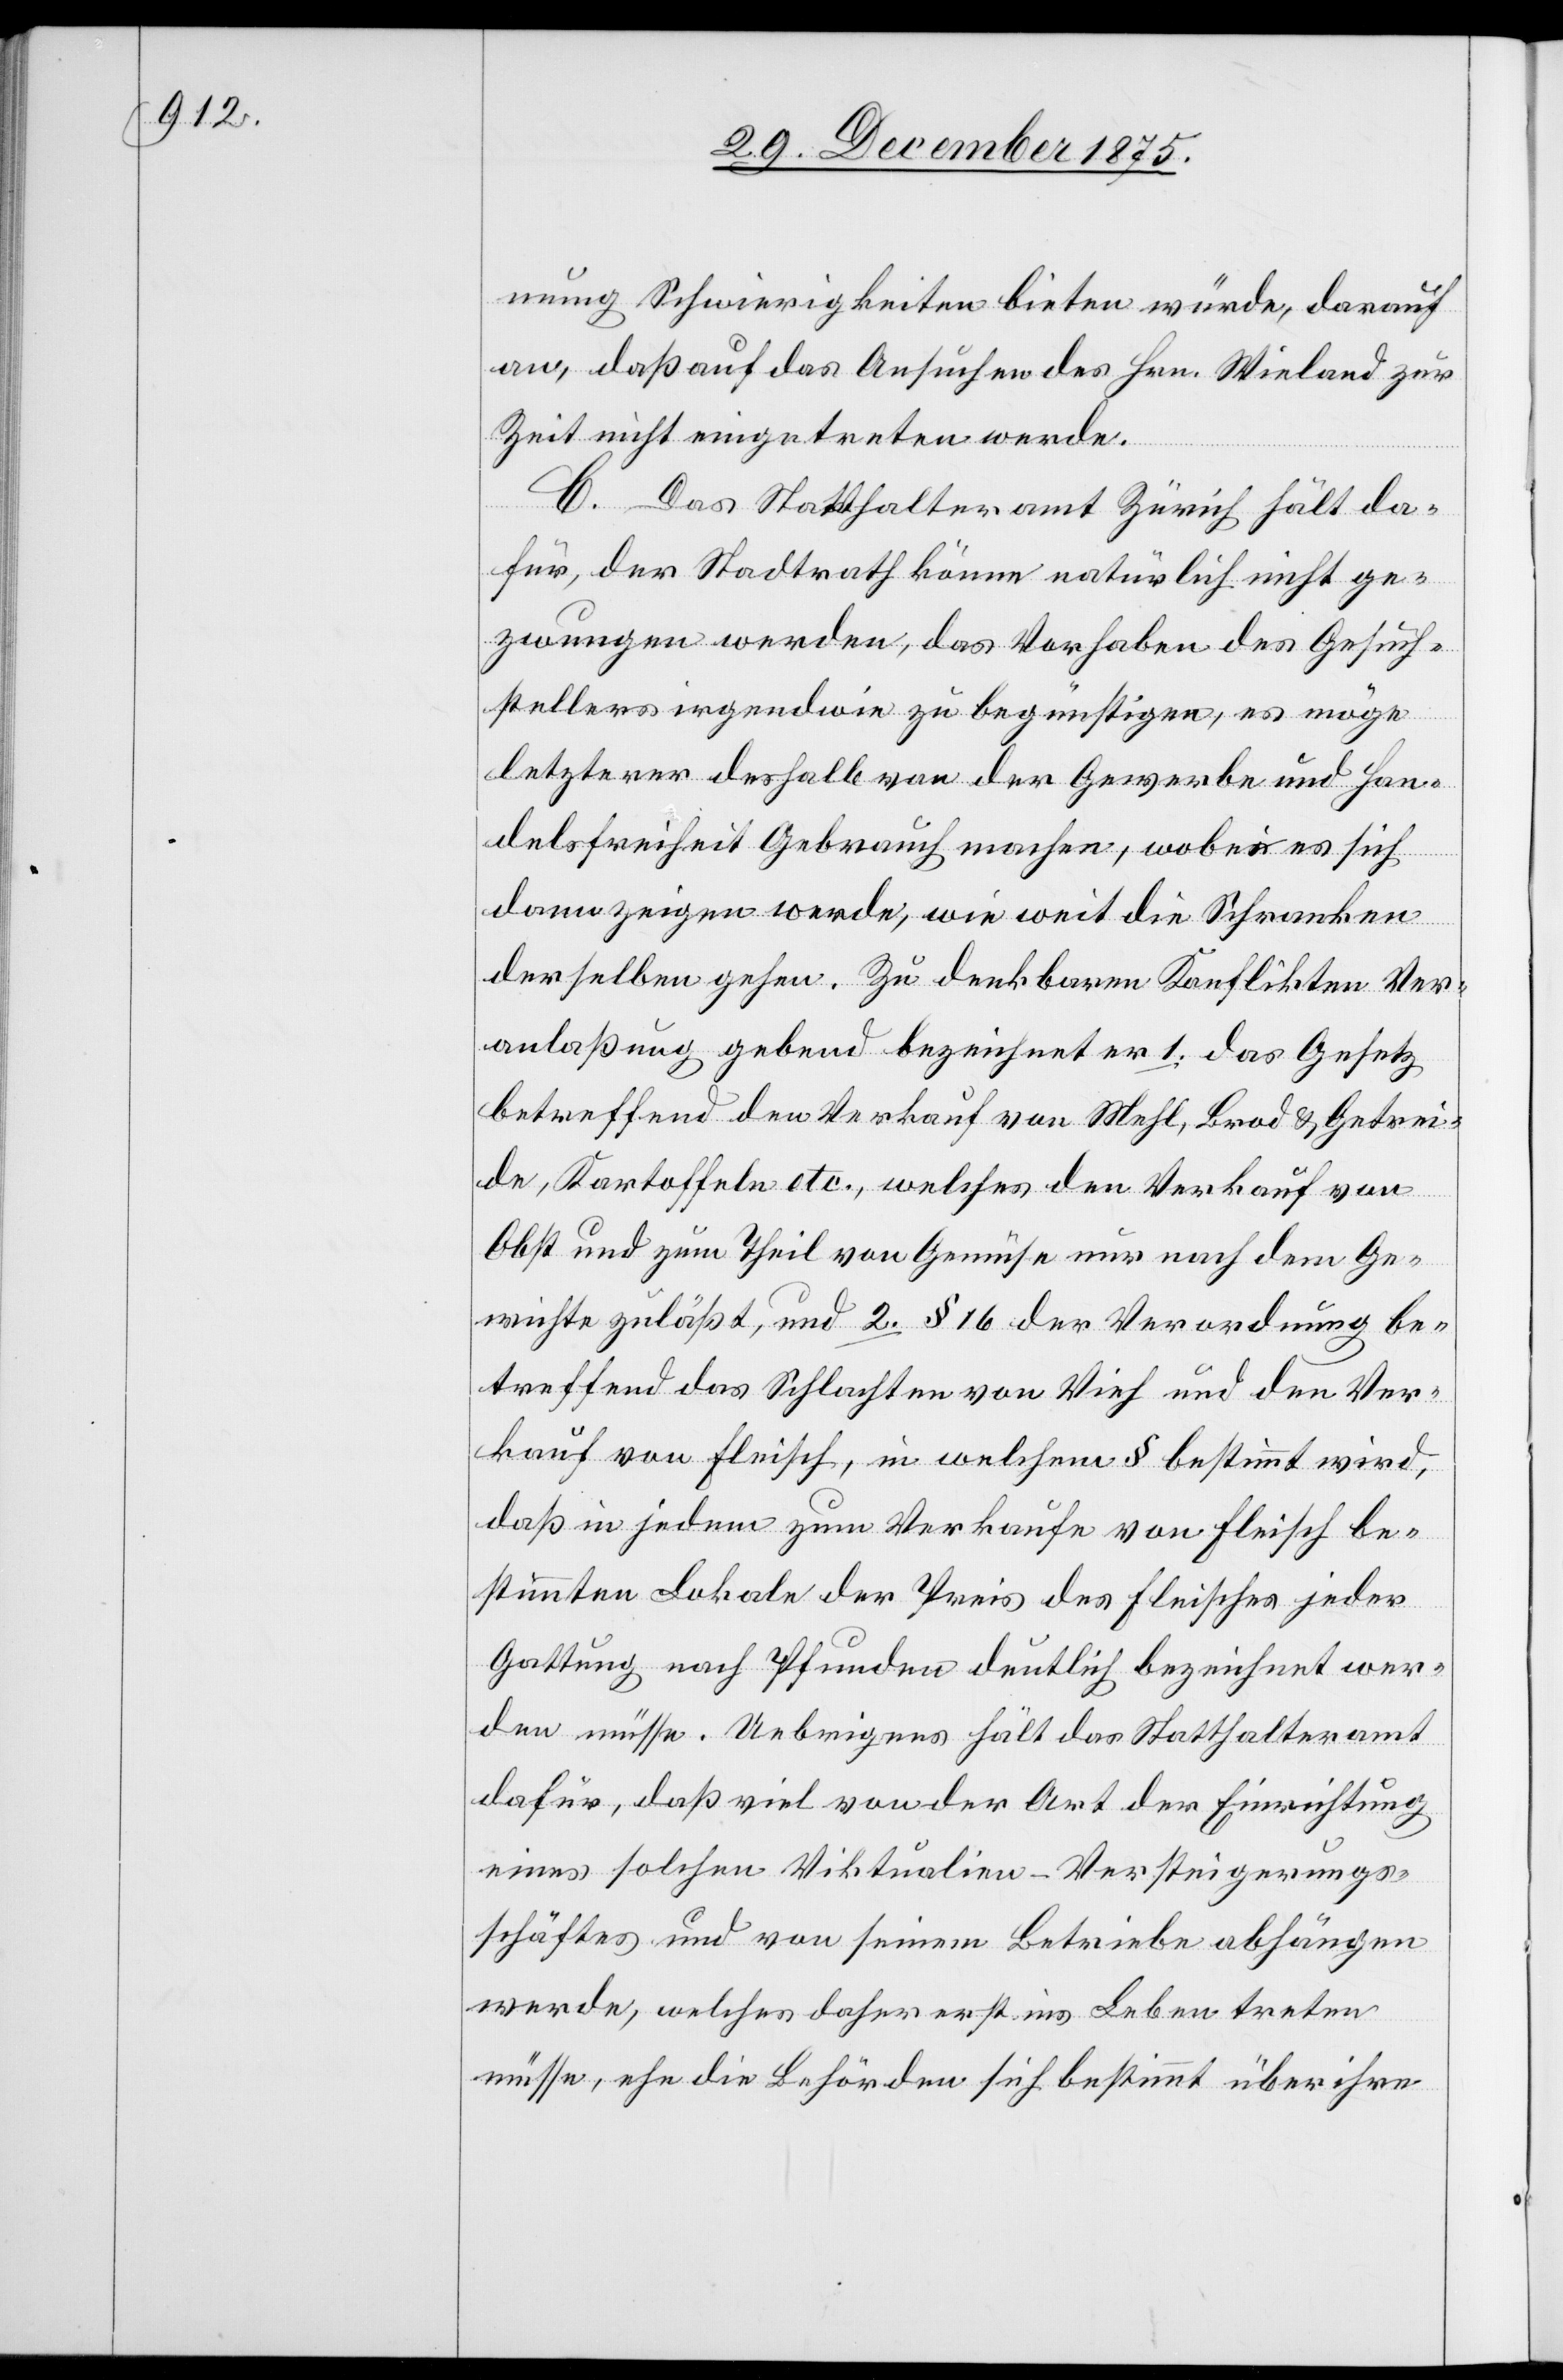
mung Schwierigkeiten bieten würde, darauf
an , daß auf das Ansuchen des Hrn. Wieland zur
Zeit nicht eingetreten werde.
ge¬
C. Das Statthalteramt Zürich hält da¬
für, der Stadtrath könne natürlich nicht ge¬
zwungen werden, das Vorhaben des Gesuch¬
stellers irgendwie zu begünstigen, es möge
letzterer deshalb von der Gewerbe[-] und Han¬
delsfreiheit Gebrauch machen, wobei es sich
dann zeigen werde, wie weit die Schranken
derselben gehen. Zu denkbaren Konflikten Ver¬
anlaßung gebend bezeichnet er 1. das Gesetz
betreffend den Verkauf von Mehl, Brod & Getrei¬
de, Kartoffeln etc., welches den Verkauf von
Obst und zum Theil von Gemüse nur nach dem Ge¬
wichte zuläßt, und 2. § 16 der Verordnung be¬
treffend das Schlachten von Vieh und den Ver¬
kauf von Fleisch, in welchem § bestimmt wird,
daß in jedem zum Verkaufe von Fleisch be¬
stimmten Lokale der Preis des Fleisches jeder
Gattung nach Pfunden deutlich bezeichnet wer¬
den müsse. Uebrigens hält das Statthalteramt
dafür, daß viel von der Art der Einrichtung
eines solchen Viktualien-Versteigerungs¬
schäftes und von seinem Betreiben abhängen
werde, welches daher erst ins Leben treten
müsse, ehe die Behörden sich bestimmt über ihre